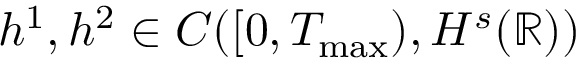
h ^ { 1 } , h ^ { 2 } \in C ( [ 0 , T _ { \operatorname* { m a x } } ) , H ^ { s } ( \mathbb R ) )